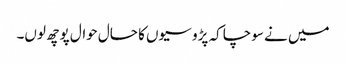
میں نے سوچا کہ پڑوسیوں کا حال حوال پوچھ لوں۔